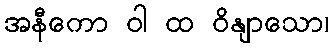
အနီကော ဝါ ထ ဝိနျာသော၊